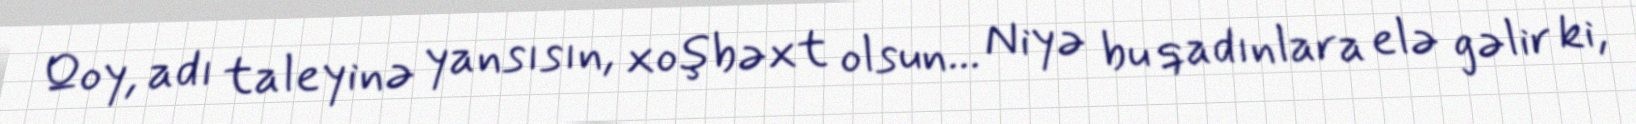
Qoy, adı taleyinə yansısın, xoşbəxt olsun... Niyə bu qadınlara elə gəlir ki,